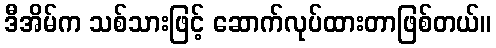
ဒီအိမ်က သစ်သားဖြင့် ဆောက်လုပ်ထားတာဖြစ်တယ်။